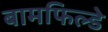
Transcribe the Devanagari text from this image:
बामफिल्डे